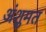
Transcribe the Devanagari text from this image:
अंशुमत